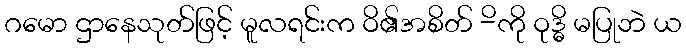
ဂမော ဌာနေသုတ်ဖြင့် မူလရင်းက ဝိ၏အစိတ် -ိကို ဝုဒ္ဓိ မပြုဘဲ ယ